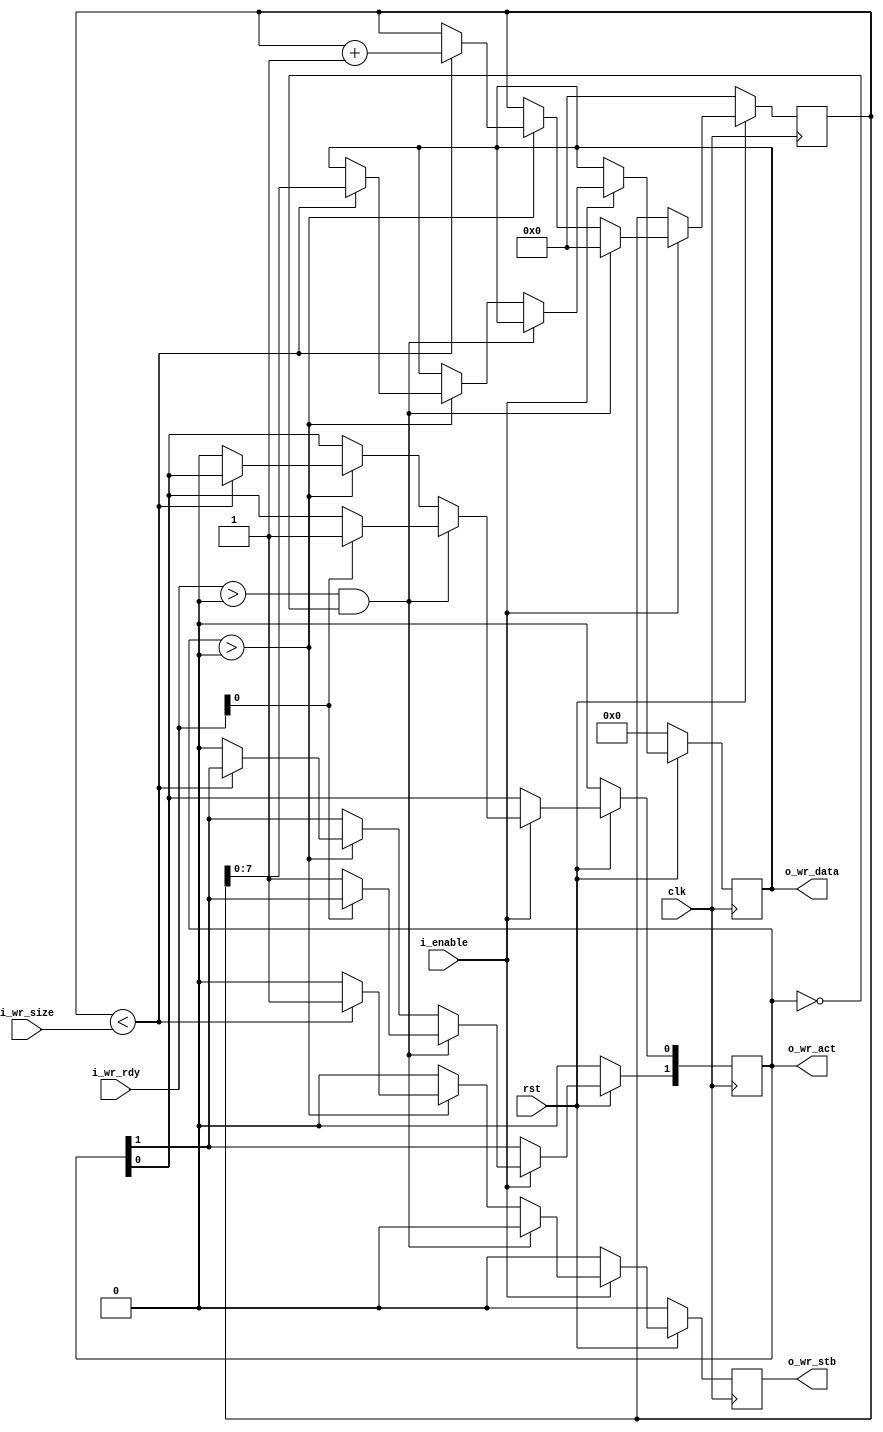

module src_tb #(
  parameter                       DATA_WIDTH    = 8
)(
  input                           clk,
  input                           rst,
  input                           i_enable,

  //Ping Pong FIFO Interface
  input       [1:0]               i_wr_rdy,
  output  reg [1:0]               o_wr_act,
  input       [15:0]              i_wr_size,
  output  reg                     o_wr_stb,
  output  reg [DATA_WIDTH - 1:0]  o_wr_data
);

//Local Parameters
//Registers/Wires
reg   [15:0]          r_count;
//Submodules
//Asynchronous Logic
//Synchronous Logic
always @ (posedge clk) begin
  //De-assert Strobes
  o_wr_stb          <= 0;

  if (!rst) begin
    o_wr_act        <=  0;
    o_wr_stb        <=  0;
    o_wr_data       <=  0;
    r_count         <=  0;
  end
  else begin
    if (i_enable) begin
      if ((i_wr_rdy > 0) && (o_wr_act == 0))begin
        r_count     <=  0;
        if (i_wr_rdy[0]) begin
          //Channel 0 is open
          o_wr_act[0]  <=  1;
        end
        else begin
          //Channel 1 is open
          o_wr_act[1]  <=  1;
        end
      end
      else if (o_wr_act > 0) begin
        if (r_count < i_wr_size) begin
          //More room left in the buffer
          r_count   <=  r_count + 1;
          o_wr_stb  <=  1;
          //put the count in the data
          o_wr_data <=  r_count;
        end
        else begin
          //Filled up the buffer, release it
          o_wr_act  <=  0;
        end
      end
    end
  end
end

endmodule